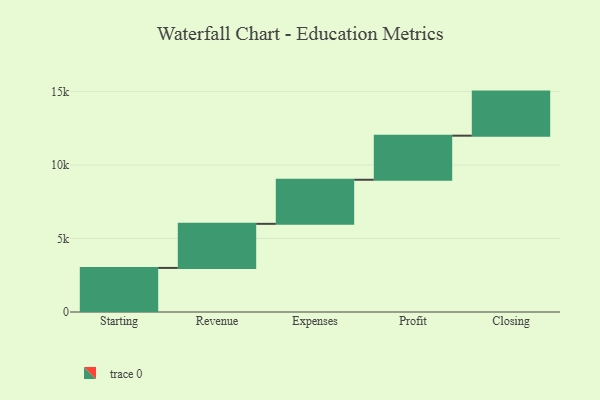
{"axis": {"x": "Step", "y": "Value"}, "legend": [""], "data": [{"x": "Starting", "y": 3000, "type": ""}, {"x": "Revenue", "y": 3000, "type": ""}, {"x": "Expenses", "y": 3000, "type": ""}, {"x": "Profit", "y": 3000, "type": ""}, {"x": "Closing", "y": 3000, "type": ""}]}